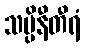
သပ္ပိနီတီရံ